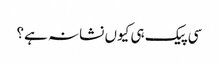
سی پیک ہی کیوں نشانہ ہے؟